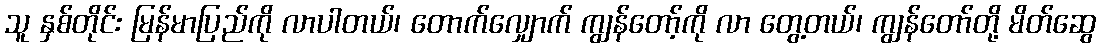
သူ နှစ်တိုင်း မြန်မာပြည်ကို လာပါတယ်၊ တောက်လျှောက် ကျွန်တော့်ကို လာ တွေ့တယ်၊ ကျွန်တော်တို့ မိတ်ဆွေ